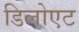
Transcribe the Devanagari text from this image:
डिलोएट